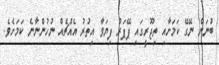
ބުނަން ނޭގޭ ކަމަށާއި ތިޖޫރީގައި ޕޭޕަރު ފިޔަވާ އިތުރު އެއްޗެއް ނުހުންނާނެ ކަމަށެވެ.